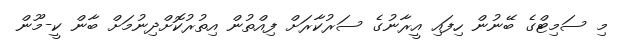
މި ސަމިޓްގެ ބޭނުން ހިފައި އީރާނުގެ ސަރުކާރަށް ފިއްތުން އިތުރުކޮށްދިނުމަށް ބާން ކީ-މޫން